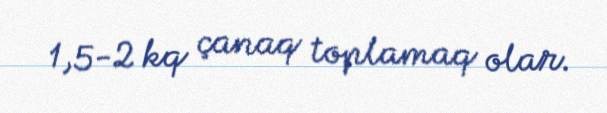
1,5-2 kq çanaq toplamaq olar.